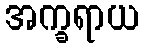
အက္ခရာယ